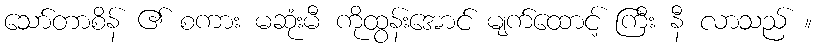
သော်တာစိန် ၏ စကား မဆုံးမီ ကိုထွန်းအောင် မျက်ထောင့် ကြီး နီ လာသည် ။